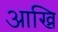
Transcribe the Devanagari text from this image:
आख्रि